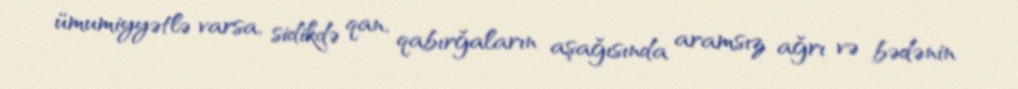
ümumiyyətlə varsa, sidikdə qan, qabırğaların aşağısında aramsız ağrı və bədənin